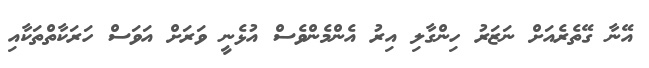
އޭނާ ގޭތެރެއަށް ނަޒަރު ހިންގާލި އިރު އެންމެންވެސް އުޅެނީ ވަރަށް އަވަސް ހަރަކާތްތަކާއި